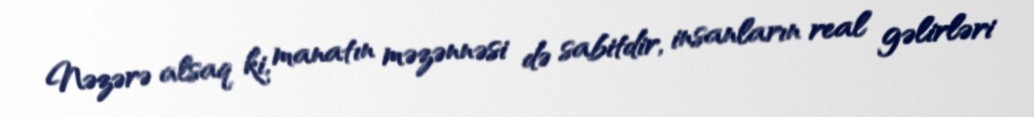
Nəzərə alsaq ki, manatın məzənnəsi də sabitdir, insanların real gəlirləri